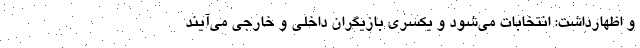
و اظهارداشت:‌ انتخابات می‌شود و یکسری بازیگران داخلی و خارجی می‌آیند